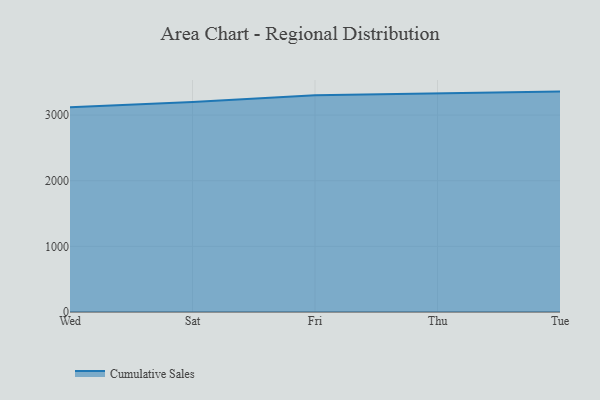
{"axis": {"x": "Day", "y": "Headcount"}, "legend": ["Cumulative Sales"], "data": [{"x": "Wed", "y": 3120.5, "type": "Cumulative Sales"}, {"x": "Sat", "y": 3199.1, "type": "Cumulative Sales"}, {"x": "Fri", "y": 3301.2, "type": "Cumulative Sales"}, {"x": "Thu", "y": 3335.0, "type": "Cumulative Sales"}, {"x": "Tue", "y": 3357.6, "type": "Cumulative Sales"}]}